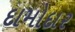
દામોદાર